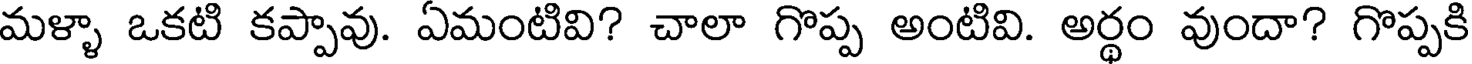
మళ్ళా ఒకటి కప్పావు. ఏమంటివి? చాలా గొప్ప అంటివి. అర్థం వుందా? గొప్పకి